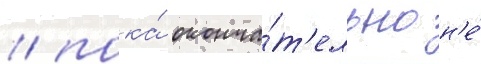
/ пока́ оконча́т'ельно н'е́